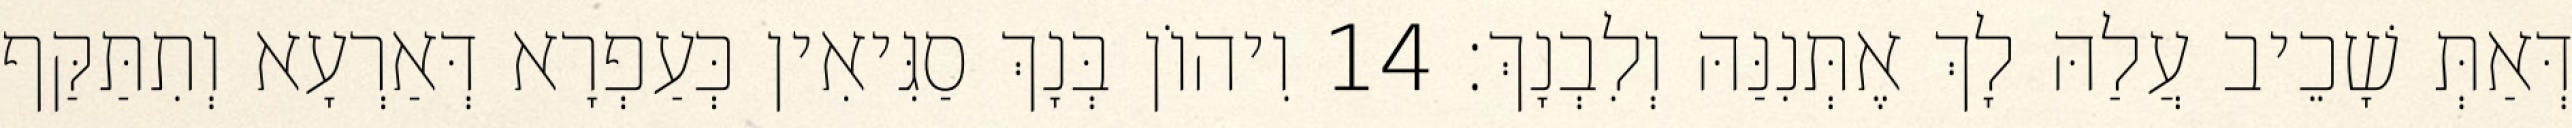
דְּאַתְּ שָׁכֵיב עֲלַהּ לָךְ אֶתְּנִנַּהּ וְלִבְנָךְ׃ 14 וִיהוֹן בְּנָךְ סַגִּיאִין כְּעַפְרָא דְּאַרְעָא וְתִתַּקַּף